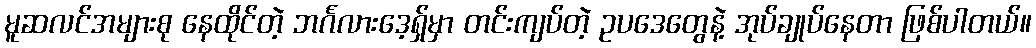
မူဆလင်အများစု နေထိုင်တဲ့ ဘင်္ဂလားဒေ့ရှ်မှာ တင်းကျပ်တဲ့ ဥပဒေတွေနဲ့ အုပ်ချုပ်နေတာ ဖြစ်ပါတယ်။